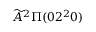
\widetilde { A } ^ { 2 } \Pi ( 0 2 ^ { 2 } 0 )